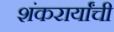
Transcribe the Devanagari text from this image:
शंकरार्यांची